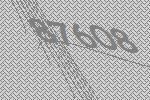
87608